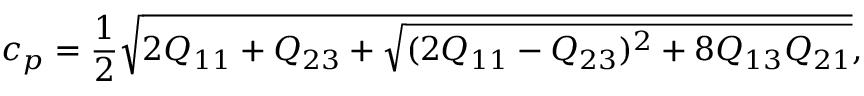
c _ { p } = \frac { 1 } { 2 } \sqrt { 2 Q _ { 1 1 } + Q _ { 2 3 } + \sqrt { ( 2 Q _ { 1 1 } - Q _ { 2 3 } ) ^ { 2 } + 8 Q _ { 1 3 } Q _ { 2 1 } } } ,